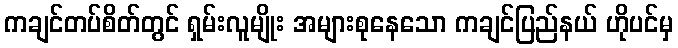
ကချင်တပ်စိတ်တွင် ရှမ်းလူမျိုး အများစုနေသော ကချင်ပြည်နယ် ဟိုပင်မှ